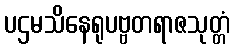
ပဌမသိနေရုပဗ္ဗတရာဇသုတ္တံ